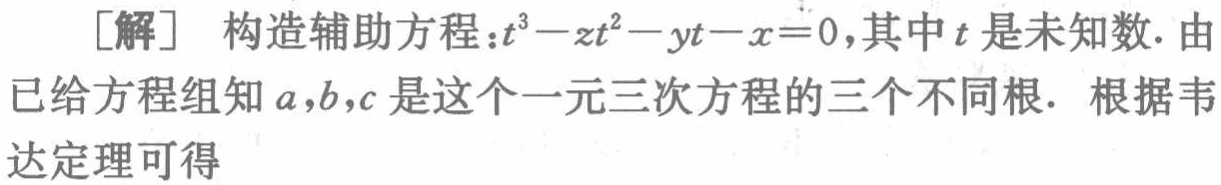
[解] 构造辅助方程：\(t^{3}-zt^{2}-yt - x = 0\)，其中\(t\)是未知数. 由已给方程组知\(a,b,c\)是这个一元三次方程的三个不同根. 根据韦达定理可得